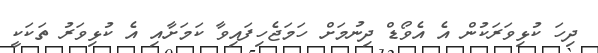
ދިހަ ކުޅިވަރަކުން އެ އެވޯޑް ދިނުމަށް ހަމަޖެހިފައިވާ ކަމަށާއި އެ ކުޅިވަރު ތަކަކީ